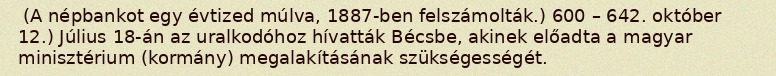
(A népbankot egy évtized múlva, 1887-ben felszámolták.) 600 – 642. október 12.) Július 18-án az uralkodóhoz hívatták Bécsbe, akinek előadta a magyar minisztérium (kormány) megalakításának szükségességét.